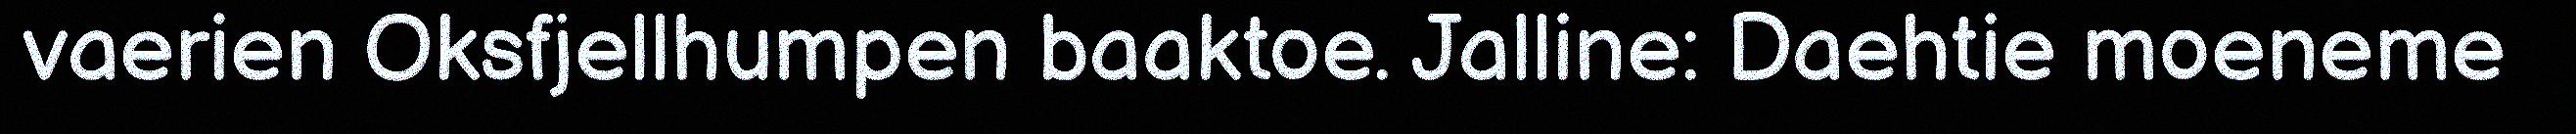
vaerien Oksfjellhumpen baaktoe. Jalline: Daehtie moeneme